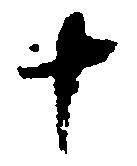
十